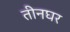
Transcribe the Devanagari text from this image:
तीनघर